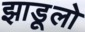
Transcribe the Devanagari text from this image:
झाडूलो